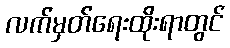
လက်မှတ်ရေးထိုးရာတွင်